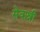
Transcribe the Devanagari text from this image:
सेवाश्री